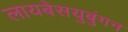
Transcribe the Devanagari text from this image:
लायबेसयुबुंगन